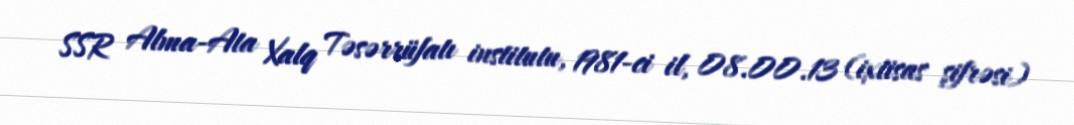
SSR Alma-Ata Xalq Təsərrüfatı institutu, 1981-ci il, 08.00.13 (ixtisas şifrəsi)